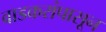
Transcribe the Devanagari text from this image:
वाडकरांपासून